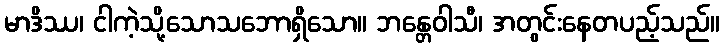
မာဒိဿ၊ ငါကဲ့သို့သောသဘောရှိသော။ ဘန္တေဝါသီ၊ အတွင်းနေတပည့်သည်။